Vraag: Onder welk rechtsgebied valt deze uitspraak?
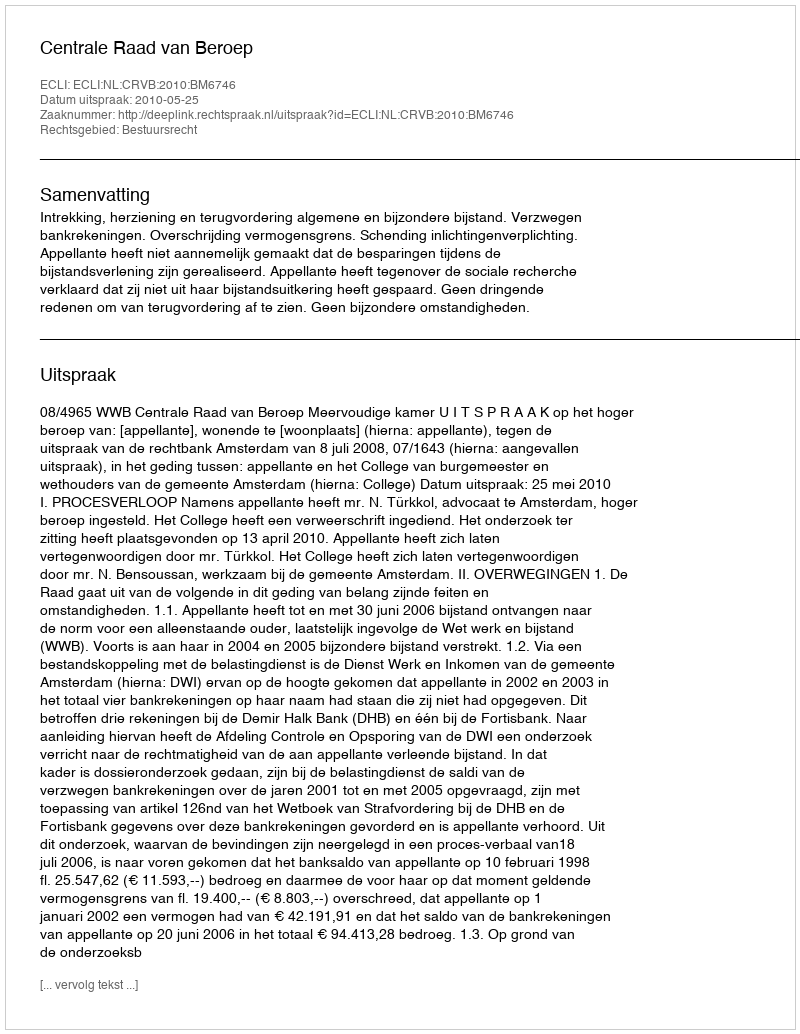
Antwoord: Bestuursrecht